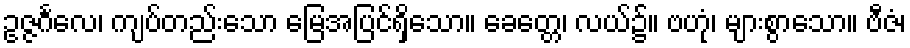
ဥဇ္ဇင်္ဂလေ၊ ကျပ်တည်းသော မြေအပြင်ရှိသော။ ခေတ္တေ၊ လယ်၌။ ဗဟုံ၊ များစွာသော။ ဗီဇံ၊